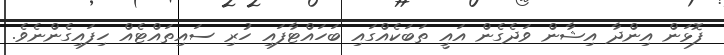
ފޮޅަން އިންދާ އިޝާން ވަދެގެން އައީ ތަބަކެއްގައި ބަހައްޓާފައި ހުރި ސައިތައްޓެއް ހިފައިގެންނެވެ.